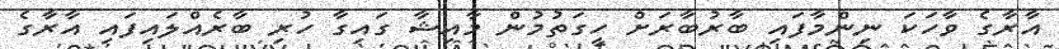
އާރާގެ ވާހަކަ ނިންމާފައި ބާރުބާރަށް ހީގަތުމުން މާއިޝާ ގައިގާ ހުރި ބާރެއްލައިފައި އާރާގެ